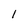
Character: 1